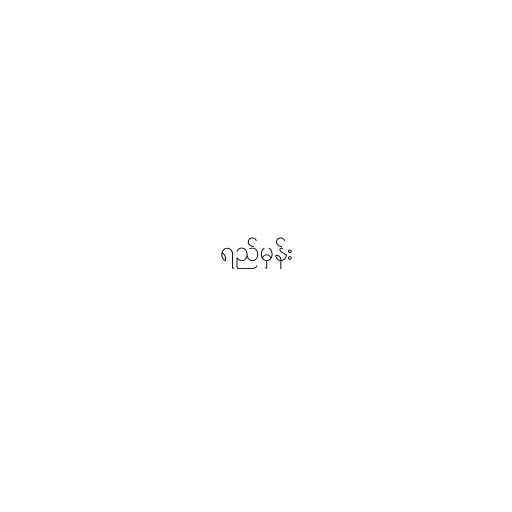
ရည်မှန်း